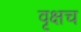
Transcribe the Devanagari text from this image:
वृक्षच